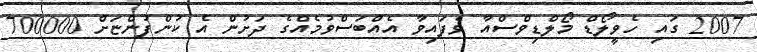
2007 ގައި ހެވީލޯޑް މޯލްޑިވްސްއާ ވެފައިވާ އެއްބަސްވުމެއްގެ ދަށުން އެ ކުންފުންޏަށް 700000